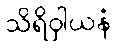
သိရိဝှါယနံ